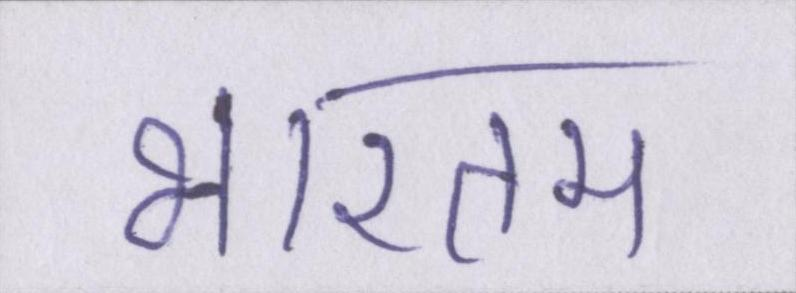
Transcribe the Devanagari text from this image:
भारतम